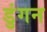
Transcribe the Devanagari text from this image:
डुंगन